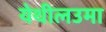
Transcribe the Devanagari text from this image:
येथीलउमा